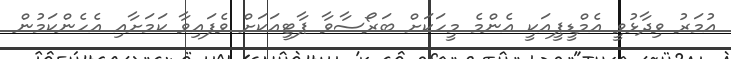
އުމަރު ވިދާޅުވީ އެމްޑީޕީއަކީ އެންމެ މީހަކަށް ބަރޯސާވާ ޕާޓީއަކަށް ވެފައިވާ ކަމަށާއި އެހެންކަމުން